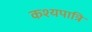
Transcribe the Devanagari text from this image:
कश्यपात्रि